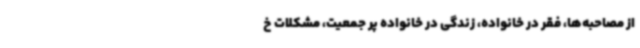
از مصاحبه‌ها، فقر در خانواده، زندگی در خانواده پر جمعیت، مشکلات خ